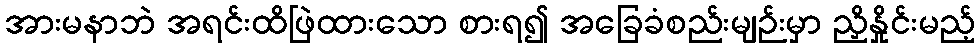
အားမနာဘဲ အရင်းထိဖြဲထားသော စားရ၍ အခြေခံစည်းမျဉ်းမှာ ညှိနှိုင်းမည့်